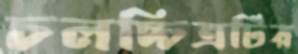
চলচ্চিত্রটির